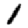
Digit: 1